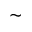
\sim